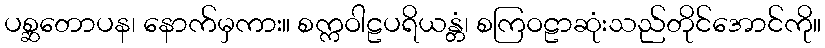
ပစ္ဆတောပန၊ နောက်မှကား။ စက္ကဝါဠပရိယန္တံ၊ စကြဝဠာဆုံးသည်တိုင်အောင်ကို။